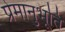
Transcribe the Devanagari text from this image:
प्रेमानुभूति